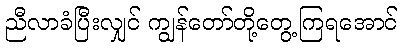
ညီလာခံပြီးလျှင် ကျွန်တော်တို့တွေ့ကြရအောင်